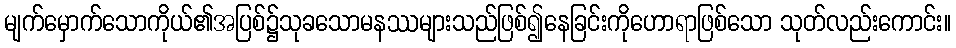
မျက်မှောက်သောကိုယ်၏အပြစ်၌သုခသောမနဿများသည်ဖြစ်၍နေခြင်းကိုဟောရာဖြစ်သော သုတ်လည်းကောင်း။